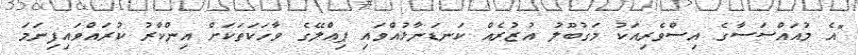
"އެ މުއައްސަސާގެ އިސްވެރިއަކު މަގުބޫލު އުޒުރެއް ކަނޑަނާޅުއްވައި ޕިއްލޭގެ ވާހަކަތަކަށް އިންކާރު ކުރައްވައިފިނަމަ